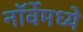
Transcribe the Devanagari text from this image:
नॉर्वेमध्ये